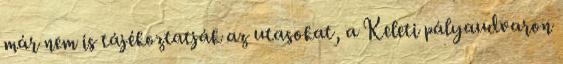
már nem is tájékoztatják az utasokat, a Keleti pályaudvaron